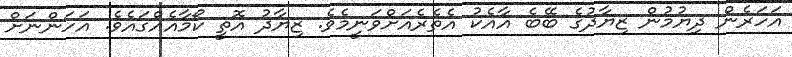
އަހަރެން ދިޔުމުން ޒިޔާދުގެ ބޭބެ އާއެކު އެތެރެއަށްވަނީމެވެ. ޒިޔާދު އޮތީ ކޯމާއެއްގައެވެ. އަހަންނަށް